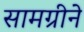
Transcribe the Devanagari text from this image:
सामग्रीने